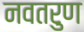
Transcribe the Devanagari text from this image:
नवतरुण